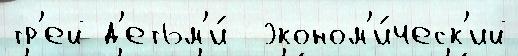
тр'ей д'етьм'и́  эконом'и́ческ'ий